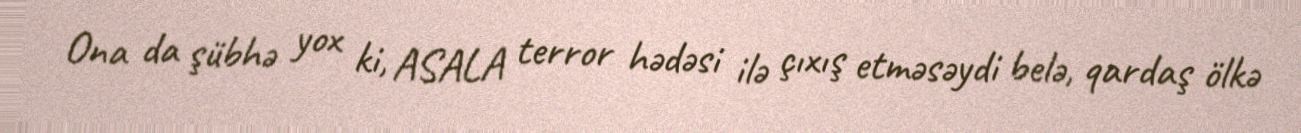
Ona da şübhə yox ki, ASALA terror hədəsi ilə çıxış etməsəydi belə, qardaş ölkə